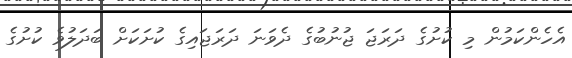
އެހެންކަމުން މި ކުށުގެ ދަރަޖަ ޖުނުބުގެ ދެވަނަ ދަރަޖައިގެ ކުށަކަށް ބަދަލުވެ ކުށުގެ